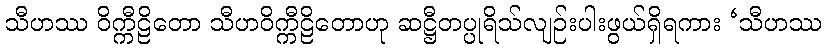
သီဟဿ ဝိက္ကီဠိတော သီဟဝိက္ကီဠိတောဟု ဆဋ္ဌီတပ္ပုရိသ်လျဉ်းပါးဖွယ်ရှိရကား ‘သီဟဿ